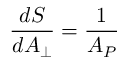
{ \frac { d S } { d A _ { \perp } } } = { \frac { 1 } { { \cal A } _ { P } } }